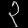
Digit: ၃